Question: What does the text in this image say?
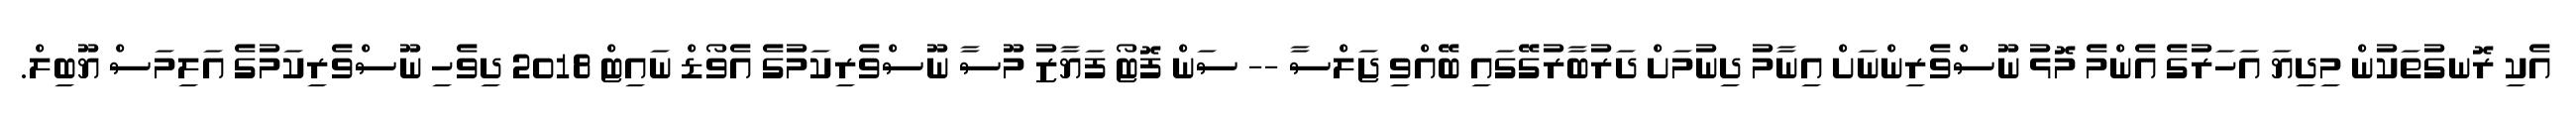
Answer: އެކި ރޮނގުތަކުން މިދިޔަ އަހަރުގެ އެންމެ މޮޅު ނޫސްވެރިންނަށް އިނާމު ދިނުމަށް ދަރުބާރުގޭގައި ބޭއްވި ޖަލްސާ -- ސަން ފޮޓޯ ފަޔާޒު މޫސާ ނޫސްވެރިކަމުގެ އެވޯޑް ނައިޓް 2018 ދިވެހި ނޫސްވެރިކަމުގެ އަލިމަސް ޔޫބިލް.